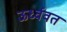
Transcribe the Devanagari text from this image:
ऊर्ध्ववत